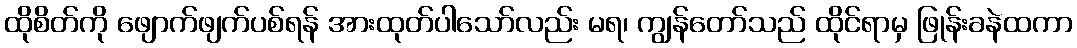
ထိုစိတ်ကို ဖျောက်ဖျက်ပစ်ရန် အားထုတ်ပါသော်လည်း မရ၊ ကျွန်တော်သည် ထိုင်ရာမှ ဖြုန်းခနဲထကာ